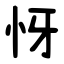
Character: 㤉